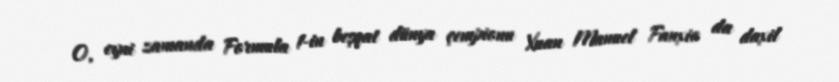
O, eyni zamanda Formula 1-in beşqat dünya çempionu Xuan Manuel Fanxio da daxil